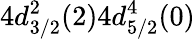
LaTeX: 4d_{3/2}^{2}(2)4d_{5/2}^{4}(0)